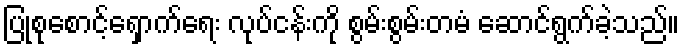
ပြုစုစောင့်ရှောက်ရေး လုပ်ငန်းကို စွမ်းစွမ်းတမံ ဆောင်ရွက်ခဲ့သည်။